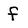
Character: f